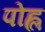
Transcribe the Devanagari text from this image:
पोह्ल